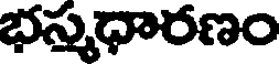
భస్మధారణం